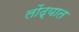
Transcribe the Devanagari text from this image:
लोंढ्यात